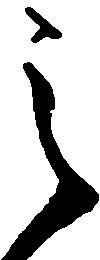
之